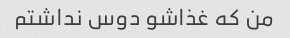
من که غذاشو دوس نداشتم